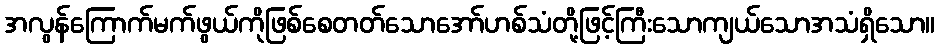
အလွန်ကြောက်မက်ဖွယ်ကိုဖြစ်စေတတ်သောအော်ဟစ်သံတို့ဖြင့်ကြီးသောကျယ်သောအသံရှိသော။